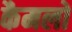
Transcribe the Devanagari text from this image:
कैमलों